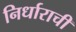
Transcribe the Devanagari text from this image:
निर्धाराची